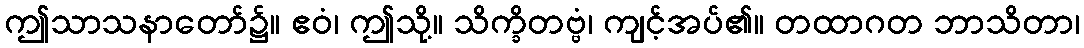
ဤသာသနာတော်၌။ ဧဝံ၊ ဤသို့။ သိက္ခိတဗ္ဗံ၊ ကျင့်အပ်၏။ တထာဂတ ဘာသိတာ၊